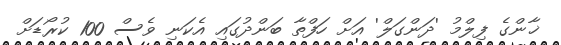
ޚާންގެ ފިލްމު 'ދަންގަލް' އަށް ހަފްތާ ބަންދުގައި އެކަނި ވެސް 100 ކުރޯޑަށް